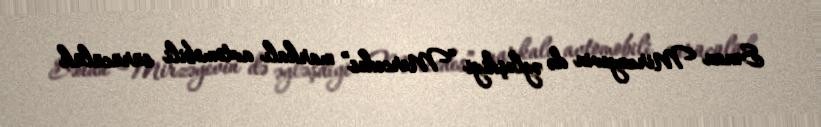
Sənan Mirzəyevin də əyləşdiyi “Mercedes” markalı avtomobili sürücülük